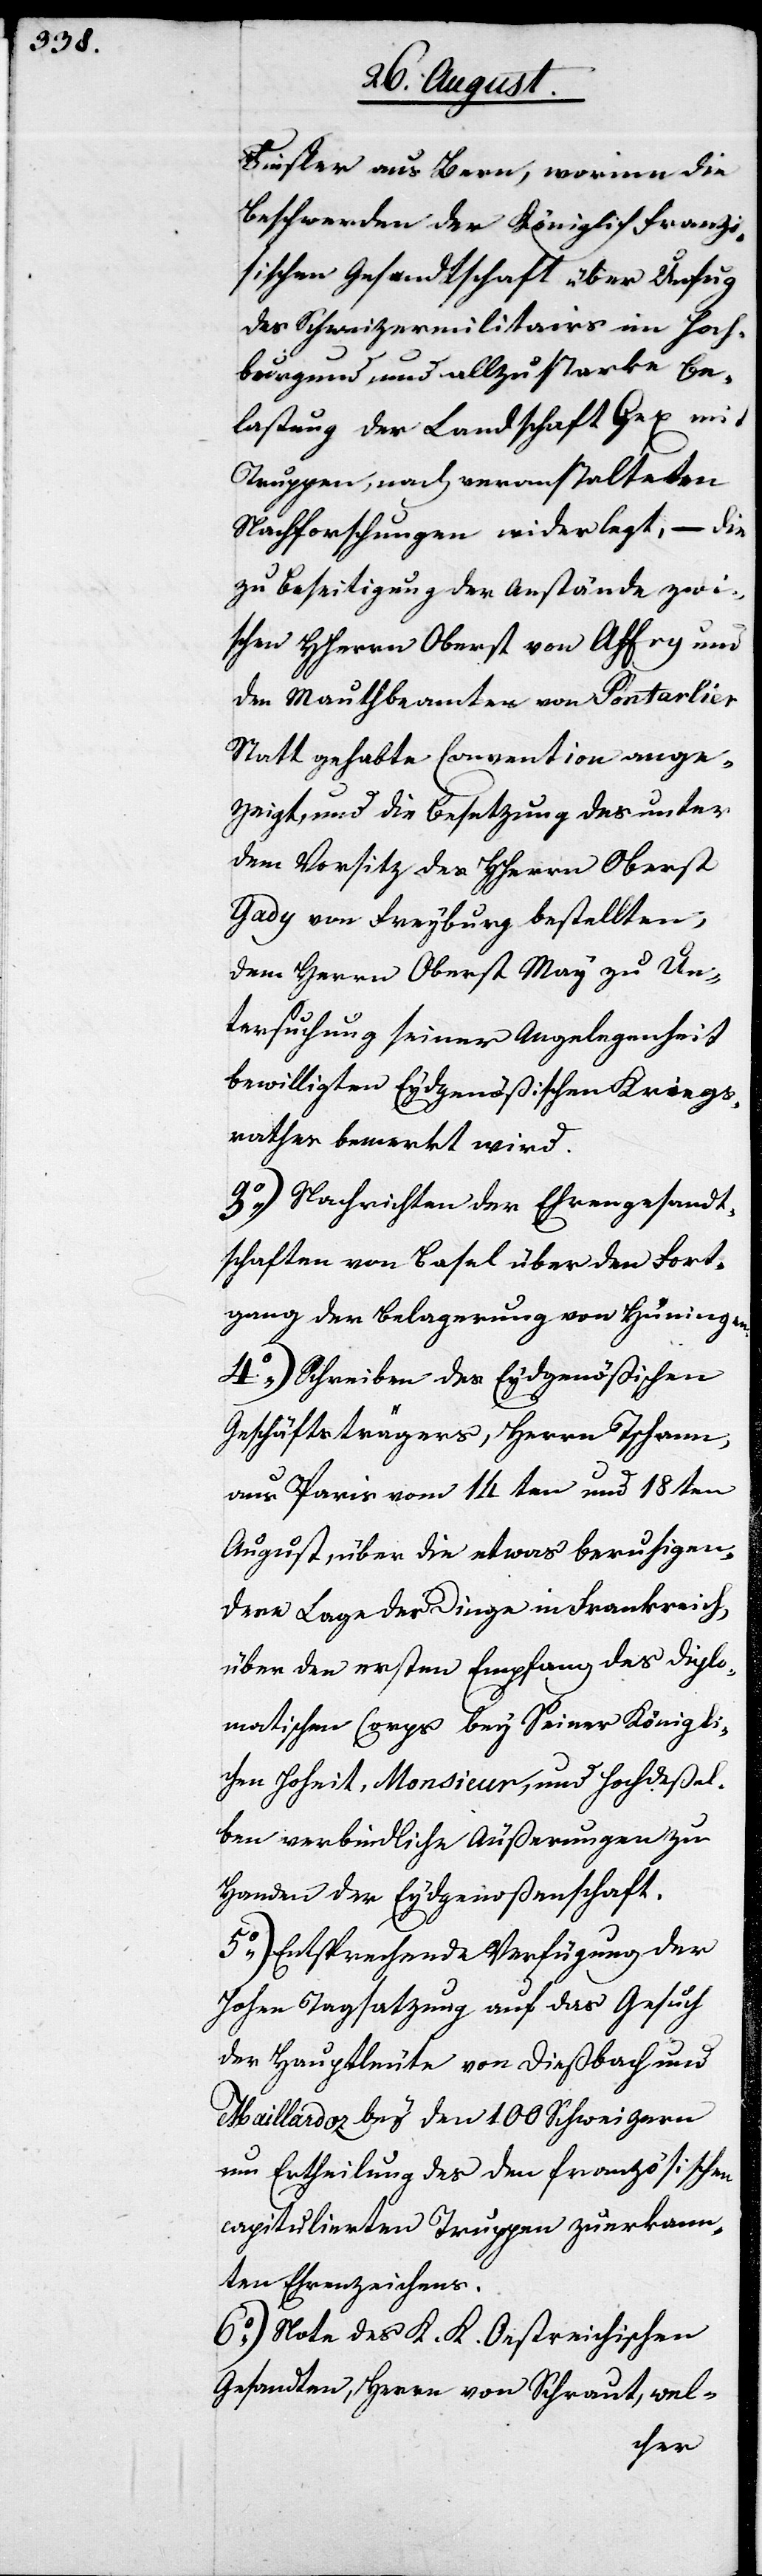
Finsler aus Bern, worinn die
Beschwerde der Königlich Franzö¬
sischen Gesandtschaft über Unfug
des Schweizermilitairs im Hoch¬
burgund und allzustarke Be¬
lastung der Landschaft Gex mit
Truppen, nach veranstalteten
Nachforschungen widerlegt, – die
zu Beseitigung der Anstände zwi¬
schen HHerrn Oberst von Affry und
den Mauthbeamten von Pontarlier
Statt gehabte Convention ange¬
zeigt, und die Besetzung des unter
dem Vorsitz des HHerrn Oberst
Gady von Freyburg bestellten,
dem Herrn Oberst May zu Un¬
tersuchung seiner Angelegenheit
bewilligten Eydgenößischen Kriegs¬
rathes bemerkt wird.
3.) Nachrichten der Ehrengesandt¬
schaften von Basel über den Fort¬
gang der Belagerung von Hüningen.
4.) Schreiben des Eydgenößischen
Geschäftsträgers, Herrn Tschann,
aus Paris vom 14ten und 18ten
August, über die etwas beruhigen¬
dere Lage der Dinge in Frankreich,
über den ersten Empfang des Diplo¬
matischen Corps bey seiner Königlic¬
hen Hoheit, Monsieur, und Hochdeßel¬
ben verbindliche Äußerungen zu
Handen der Eydgenoßenschaft.
5.) Entsprechende Verfügung der
Hohen Tagsatzung auf das Gesuch
der Hauptleute von Dießbach und
Maillardoz bey den 100 Schweizern
um Ertheilung des den französischen
capitulierten Truppen zuerkann¬
ten Ehrenzeichens.
6.) Note des K. K. Oestreichischen
Gesandten, Herrn von Schraut, wel-